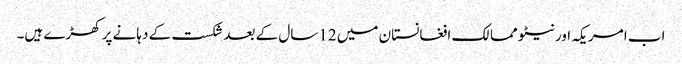
اب امریکہ اور نیٹو ممالک افغانستان میں 12سال کے بعد شکست کے دہانے پر کھڑے ہیں۔